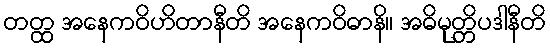
တတ္ထ အနေကဝိဟိတာနီတိ အနေကဝိဓာနိ။ အဓိမုတ္တိပဒါနီတိ